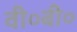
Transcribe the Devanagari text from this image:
वी०बी०